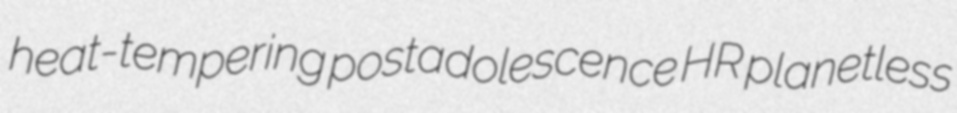
heat-tempering postadolescence HR planetless